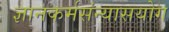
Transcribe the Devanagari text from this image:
ज्ञानकर्मसंन्यासयोग